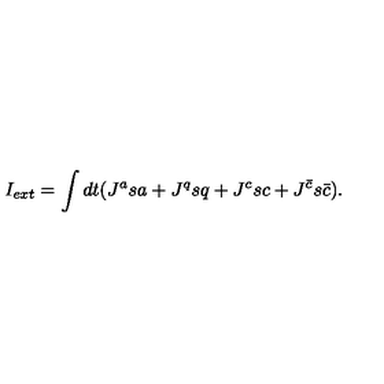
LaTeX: I _ { e x t } = \int d t ( J ^ { a } s a + J ^ { q } s q + J ^ { c } s c + J ^ { { \bar { c } } } s { \bar { c } } ) .